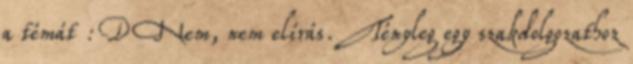
a témát :D Nem, nem elírás. Tényleg egy szakdolgozathoz